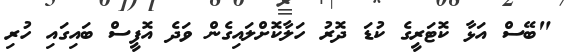
"ބޭސް އަޅާ ކޮޓަރީގެ ކުޑަ ދޮރު ހަލާކޮށްލައިގެން ވަދެ އޮފީސް ބައިގައި ހުރި